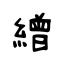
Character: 繒